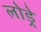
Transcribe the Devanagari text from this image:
लोड्रे